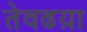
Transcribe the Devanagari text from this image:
तेवढय़ा